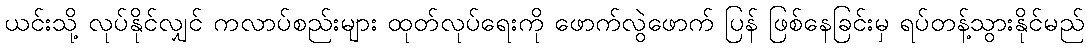
ယင်းသို့ လုပ်နိုင်လျှင် ကလာပ်စည်းများ ထုတ်လုပ်ရေးကို ဖောက်လွဲဖောက် ပြန် ဖြစ်နေခြင်းမှ ရပ်တန့်သွားနိုင်မည်